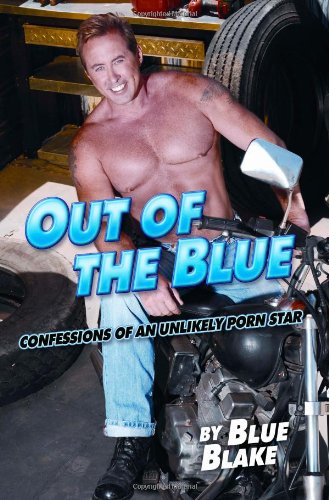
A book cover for Out of the Blue: Confessions of an Unlikely Porn Star; Blue Blake; Gay & Lesbian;